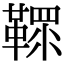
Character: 𩌐